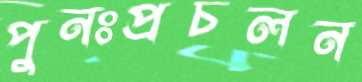
পুনঃপ্রচলন